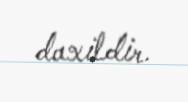
daxildir.